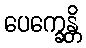
ပေက္ခေန္တိ